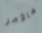
فالأمر